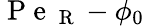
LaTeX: \mathrm{~P~e~}_{\mathrm{~R~}}-\phi_{0}